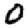
Digit: 0